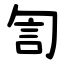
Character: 訇